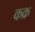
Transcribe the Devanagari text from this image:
कक्र